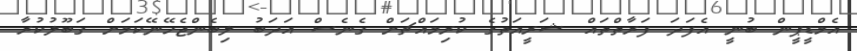
އެމްޑީޕީން ބުނީ އެފަދަ ފަރާތްތައް ޝަރީއަތުގެ ކުރިމައްޗަށް ގެނެސް އަދަބު ލިބެންޖެހޭނޭކަމަށް ގަބޫލުކުރާ